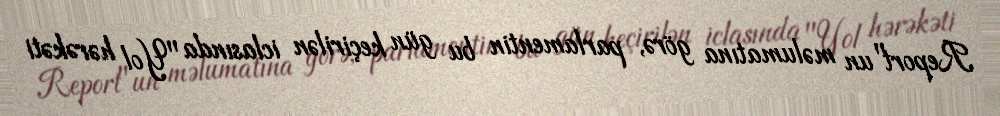
Report"un məlumatına görə, parlamentin bu gün keçirilən iclasında "Yol hərəkəti